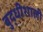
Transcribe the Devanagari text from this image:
बुद्धीशाली